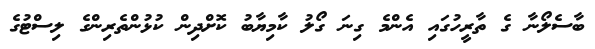
ބާސެލޯނާ ގެ ތާރީހުގައި އެންމެ ގިނަ ގޯލު ކާމިޔާބު ކޮށްދިން ކުޅުންތެރިންގެ ލިސްޓުގެ